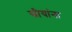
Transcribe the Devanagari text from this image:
स्रीयांना